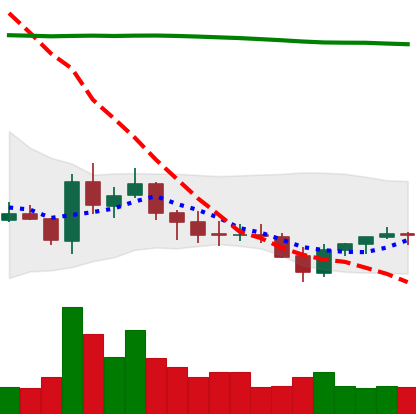
Ticker: EOS-USD
Chart end date: 2021-07-25
Forward return: 11.249%
Label: up_7plus